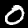
Label: 0